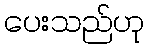
ပေးသည်ဟု